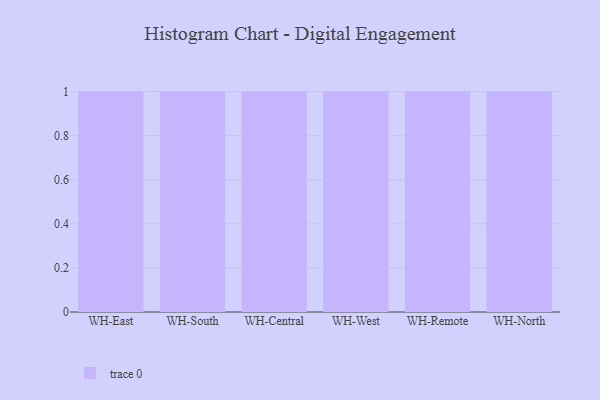
{"axis": {"x": "Warehouse", "y": "Page Views"}, "legend": [""], "data": [{"x": "WH-East", "y": 87, "type": ""}, {"x": "WH-South", "y": 28, "type": ""}, {"x": "WH-Central", "y": 38, "type": ""}, {"x": "WH-West", "y": 98, "type": ""}, {"x": "WH-Remote", "y": 11, "type": ""}, {"x": "WH-North", "y": 43, "type": ""}]}